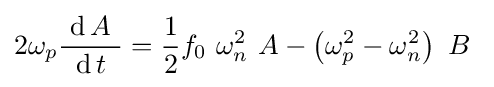
2\omega _{p}{\frac {\ \operatorname {d} A\ }{\operatorname {d} t}}={\frac {1}{2}}f_{0}\ \omega _{n}^{2}\ A-\left(\omega _{p}^{2}-\omega _{n}^{2}\right)\ B\